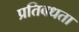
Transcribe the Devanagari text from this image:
प्रतिबधता